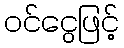
ဝင်ငွေဖြင့်